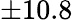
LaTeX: \pm 10.8